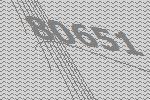
80651